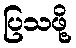
ပြသဖို့